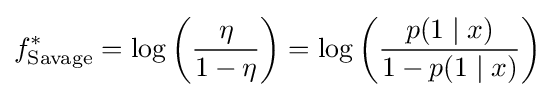
f_{\text{Savage}}^{*}=\log \left({\frac {\eta }{1-\eta }}\right)=\log \left({\frac {p(1\mid x)}{1-p(1\mid x)}}\right)